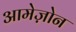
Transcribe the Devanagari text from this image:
आमेज़ोन